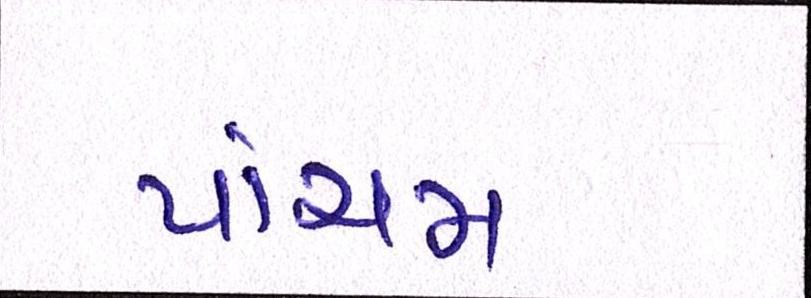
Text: પાંચમ